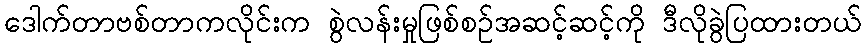
ဒေါက်တာဗစ်တာကလိုင်းက စွဲလန်းမှုဖြစ်စဉ်အဆင့်ဆင့်ကို ဒီလိုခွဲပြထားတယ်